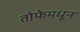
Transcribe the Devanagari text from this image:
तोफेमधून